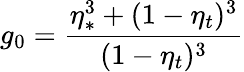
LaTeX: g_{0}=\frac{\eta_{\ast}^{3}+(1-\eta_{t})^{3}}{(1-\eta_{t})^{3}}